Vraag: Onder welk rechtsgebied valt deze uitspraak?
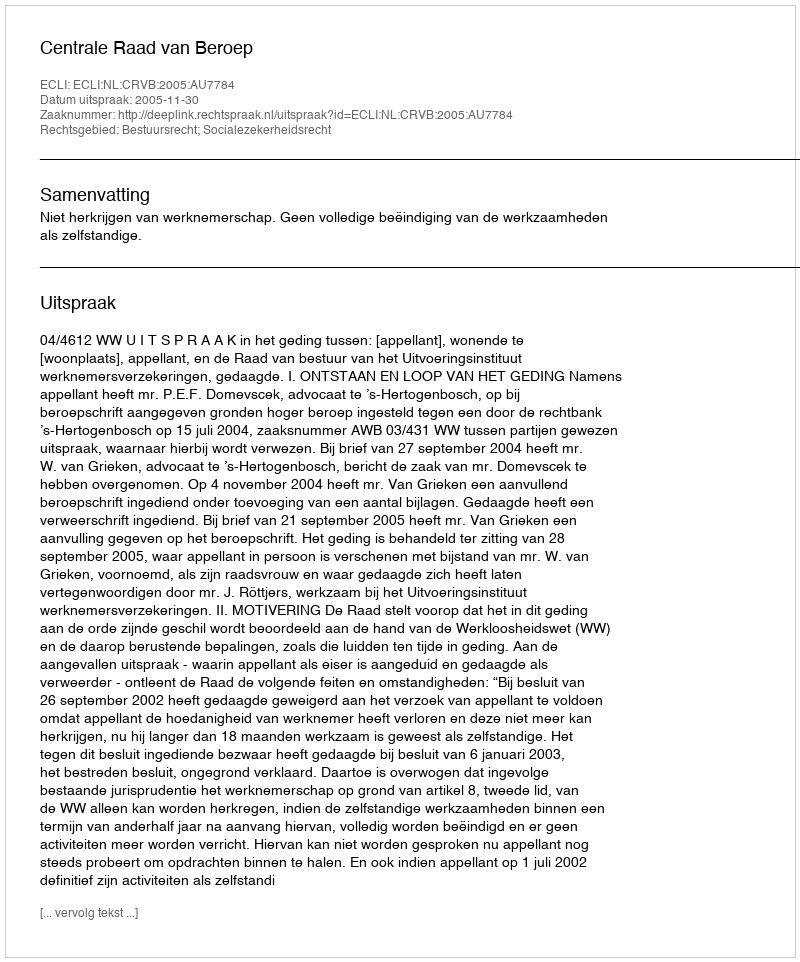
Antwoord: Bestuursrecht; Socialezekerheidsrecht